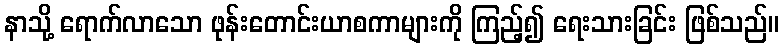
နာသို့ ရောက်လာသော ဖုန်းတောင်းယာစကာများကို ကြည့်၍ ရေးသားခြင်း ဖြစ်သည်။